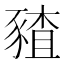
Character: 𰶪